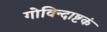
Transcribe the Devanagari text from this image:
गोविन्दाष्टकं